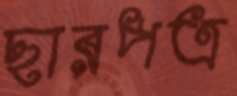
ছারপত্র